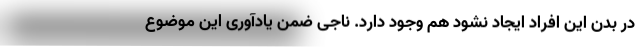
در بدن این افراد ایجاد نشود هم وجود دارد. ناجی ضمن یادآوری این موضوع